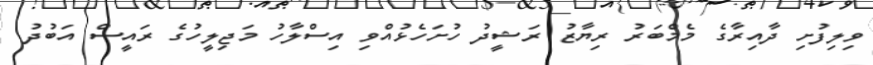
ވިލިފުށި ދާއިރާގެ މެމްބަރު ރިޔާޒު ރަޝީދު ހުށަހެޅުއްވި އިސްލާހު މަޖިލީހުގެ ރައީސް އަބުދު